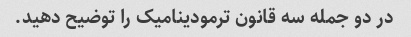
در دو جمله سه قانون ترمودینامیک را توضیح دهید.